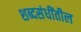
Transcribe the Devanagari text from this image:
शब्दसंधींतील